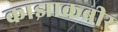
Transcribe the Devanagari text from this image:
काझाकबीर